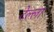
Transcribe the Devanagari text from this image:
टेल्ला